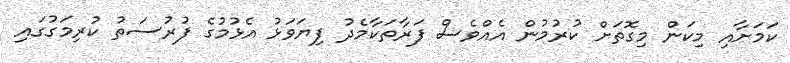
ކަމަށާއި މިކަން މިގޮތަށް ކުރުމުން އެއްވެސް ފަރާތަކާމެދު ފިޔަވަޅު އެޅުމުގެ ފުރުސަތު ކުރިމަގުގައި